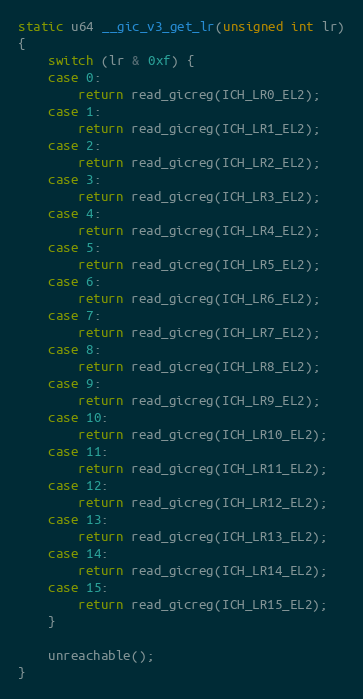
Language: C
static u64 __gic_v3_get_lr(unsigned int lr)
{
	switch (lr & 0xf) {
	case 0:
		return read_gicreg(ICH_LR0_EL2);
	case 1:
		return read_gicreg(ICH_LR1_EL2);
	case 2:
		return read_gicreg(ICH_LR2_EL2);
	case 3:
		return read_gicreg(ICH_LR3_EL2);
	case 4:
		return read_gicreg(ICH_LR4_EL2);
	case 5:
		return read_gicreg(ICH_LR5_EL2);
	case 6:
		return read_gicreg(ICH_LR6_EL2);
	case 7:
		return read_gicreg(ICH_LR7_EL2);
	case 8:
		return read_gicreg(ICH_LR8_EL2);
	case 9:
		return read_gicreg(ICH_LR9_EL2);
	case 10:
		return read_gicreg(ICH_LR10_EL2);
	case 11:
		return read_gicreg(ICH_LR11_EL2);
	case 12:
		return read_gicreg(ICH_LR12_EL2);
	case 13:
		return read_gicreg(ICH_LR13_EL2);
	case 14:
		return read_gicreg(ICH_LR14_EL2);
	case 15:
		return read_gicreg(ICH_LR15_EL2);
	}

	unreachable();
}